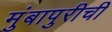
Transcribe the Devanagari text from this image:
मुंबापुरीची